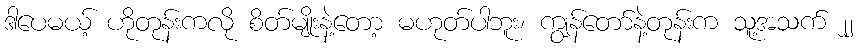
ဒါပေမယ့် ဟိုတုန်းကလို စိတ်မျိုးနဲ့တော့ မဟုတ်ပါဘူး၊ ကျွန်တော်နဲ့တုန်းက သူ့အသက် ၂၂